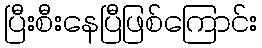
ပြီးစီးနေပြီဖြစ်ကြောင်း